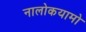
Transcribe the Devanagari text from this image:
नालोकयामो